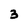
Character: 3